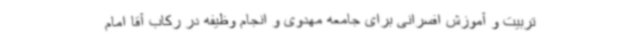
تربیت و آموزش افسرانی برای جامعه مهدوی و انجام وظیفه در رکاب آقا امام